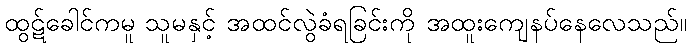
ထွဋ်ခေါင်ကမူ သူမနှင့် အထင်လွဲခံရခြင်းကို အထူးကျေနပ်နေလေသည်။